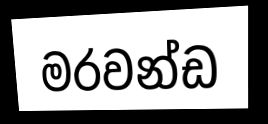
මරවන්ඩ